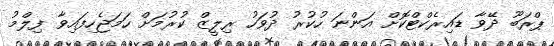
ޕްރަބޫ ދޭވާ ޑައިރެކްޓްކޮށް އަންނަ ހުކުރު ދުވަހު ރިލީޒް ކުރުމަށް ހަމަޖެހިފައިވާ ފިލްމު